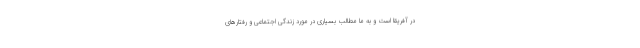
در آفریقا است و به ما مطالب بسیاری در مورد زندگی اجتماعی و رفتارهای